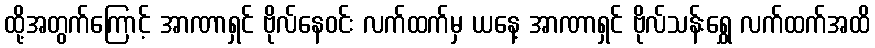
ထို့အတွက်ကြောင့် အာဏာရှင် ဗိုလ်နေဝင်း လက်ထက်မှ ယနေ့ အာဏာရှင် ဗိုလ်သန်းရွှေ လက်ထက်အထိ